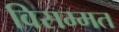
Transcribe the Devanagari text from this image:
विसम्मत